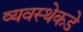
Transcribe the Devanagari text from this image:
व्यवस्थेकडे